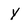
Character: Y